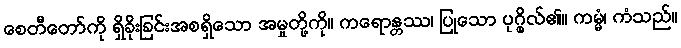
စေတီတော်ကို ရှိခိုးခြင်းအစရှိသော အမှုတို့ကို။ ကရောန္တဿ၊ ပြုသော ပုဂ္ဂိုလ်၏။ ကမ္မံ၊ ကံသည်။